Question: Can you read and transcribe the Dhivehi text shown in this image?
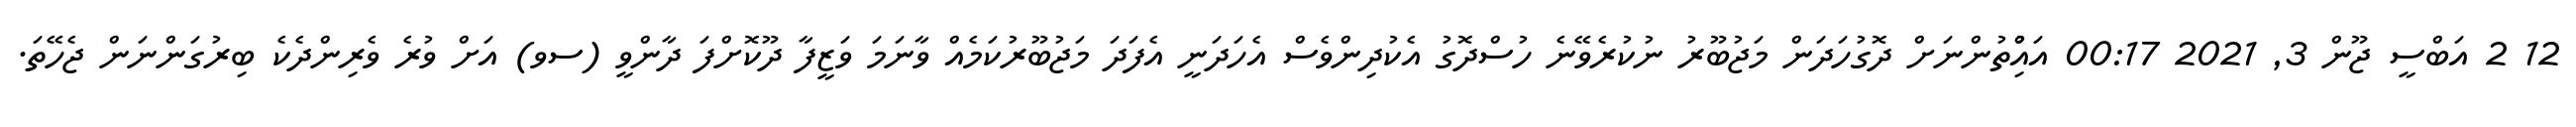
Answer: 12 2 އަބްސީ ޖޫން 3, 2021 00:17 އައްުިތުންނަށް ދޮގުހަދަން މަޖުބޫރު ނުކުރެވޭނެ ހުސްދޮގު އެކުދިންވެސް އެހަދަނީ އެފަދަ މަޖުބޫރުކަމެއް ވާނަމަ ވަޒީފާ ދޫކޮށްފަ ދާންވީ (ސވ) އަށް ވުރެ ވެރިންދެކެ ބިރުގަންނަން ޖެހޭތަ.